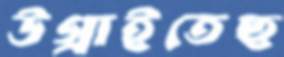
উগ্‌রাইতেছ